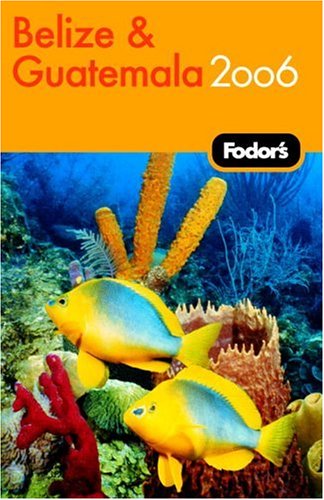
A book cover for Fodor's Belize and Guatemala 2006 (Fodor's Gold Guides); Fodor's; Travel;